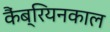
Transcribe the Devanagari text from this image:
कैंब्रियनकाल